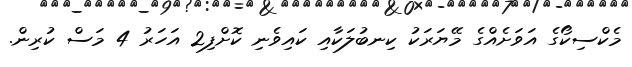
މެކްސިކޯގެ އަވަށެއްގެ މޭޔަރަކު ކިނބުލަކާއި ކައިވެނި ކޮށްފި2 އަހަރު 4 މަސް ކުރިން.